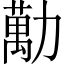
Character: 勱